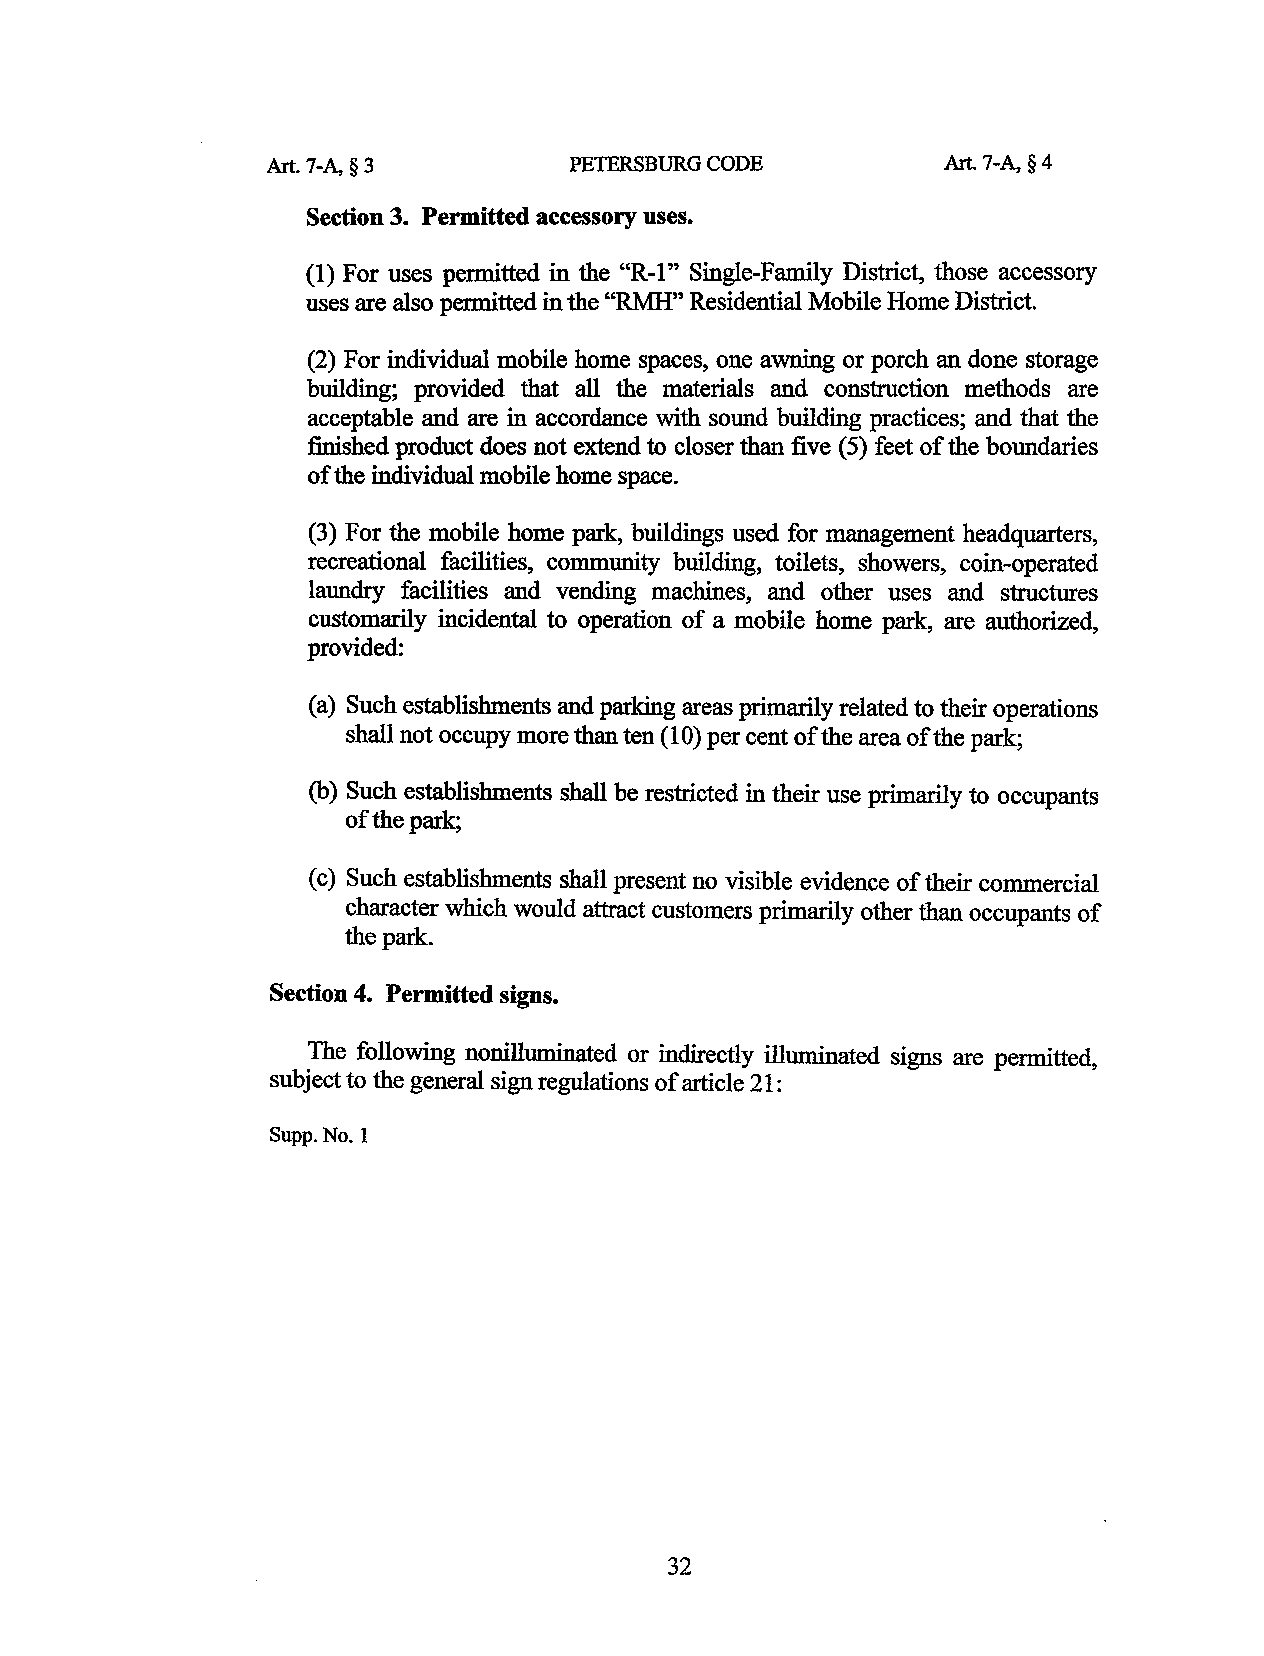
Art. 7-~ § 3        PETERSBURG CODE         Art. 7-~ § 4
 Section 3. Permitted accessory uses.
 (1) For uses permitted in the ''R-1" Single-Family District, those accessory
 uses are also permitted in the ''RMH'' Residential Mobile Home District.
 (2) For individual mobile home spaces, one awning or porch an done storage
 building; provided that all the materials and construction methods are
 acceptable and are in accordance with sound building practices; and that the
 finished product does not extend to closer than five (5) feet of the boundaries
 of the individual mobile home space.
 (3) For the mobile home park, buildings used for management headquarters,
 recreational facilities, community building, toilets, showers, coin-operated
 laundry facilities and vending machines, and other uses and structures
 customarily incidental to operation of a mobile home park, are authorized,
 provided:
 (a) Such establishments and parking areas primarily related to their operations
 shall not occupy more than ten (10) per cent of the area of the park;
 (b) Such establishments shall be restricted in their use primarily to occupants
 ofthepark;
 (c) Such establishments shall present no visible evidence of their commercial
 character which would attract customers primarily other than occupants of
 the park.
 Section 4. Permitted signs.
 The following nonilluminated or indirectly illuminated signs are permitted,
 subject to the general sign regulations of article 21:
 Supp.No.l
 32